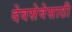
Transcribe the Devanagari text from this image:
देवसेवेसाठी